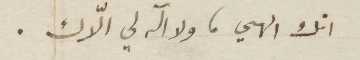
انك الهي، ولا اله لي إلّاك.